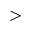
>